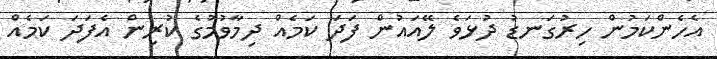
އެހެންކަމުން ހިރުގަނޑު ދުޅަވެ ލޭއައުން ފަދަ ކަމެއް ދިމާވުމުގެ ކުރިން އެފަދަ ކަމެއް